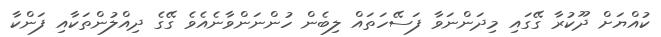
ކުއްޔަށް ދޫކުރާ ގޭގައި މިދަންނަވާ ފަސޭހަތައް ލިބެން ހުންނަންވާނެއެވެ ގޭގެ ދިއްލުންތަކާއި ފަންކާ